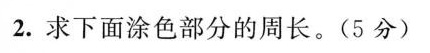
2.求下面涂色部分的周长。(5分)